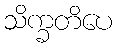
သိက္ခတိပေ